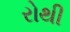
રોથી